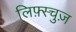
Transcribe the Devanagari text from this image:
लिफ़्स्चुज़